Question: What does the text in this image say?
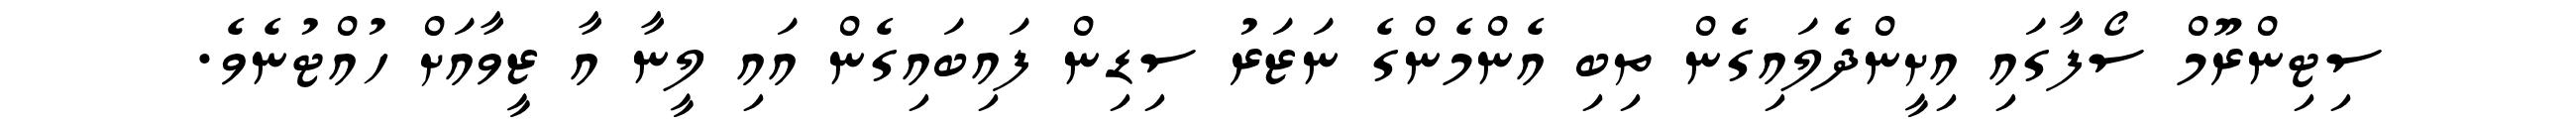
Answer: ސިޓިންރޫމް ސޯފާގައި އިށީންދެލައިގެން ތިބި އެންމެންގެ ނަޒަރު ސިޑިން ފައިބައިގެން އައި ލީނާ އާ ޒީވާއަށް ހުއްޓުނެވެ.